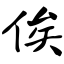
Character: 俟